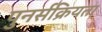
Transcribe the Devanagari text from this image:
पुनर्सक्रियता